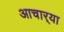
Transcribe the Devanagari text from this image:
आचार्‍या